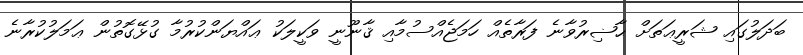
ބަދަލުގައި ޝަރީޢަތަށް ޙާޟިރުވާނެ ފަރާތެއް ހަމަޖެއްސުމާއި ޤާނޫނީ ވަކީލަކު ޢައްޔަންކުރުމާ ގުޅޭގޮތުން ޢަމަލުކުރާނެ